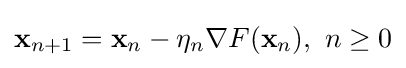
\mathbf {x} _{n+1}=\mathbf {x} _{n}-\eta _{n}\nabla F(\mathbf {x} _{n}),\ n\geq 0